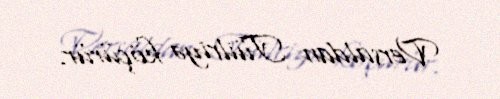
Versaldan Tüilriyə köçürür.